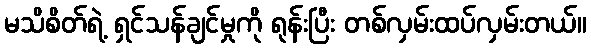
မသိစိတ်ရဲ့ ရှင်သန်ချင်မှုကို ရုန်းပြီး တစ်လှမ်းထပ်လှမ်းတယ်။